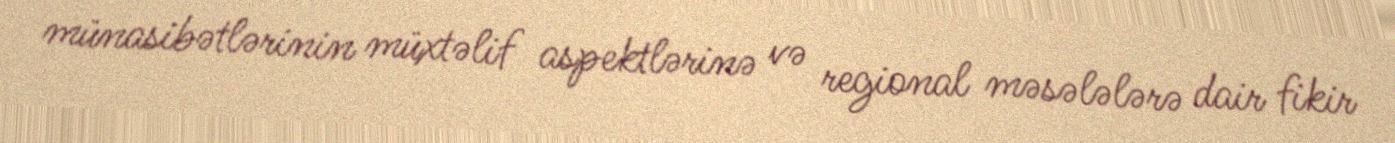
münasibətlərinin müxtəlif aspektlərinə və regional məsələlərə dair fikir